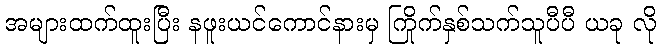
အများထက်ထူးပြီး နဖူးယင်ကောင်နားမှ ကြိုက်နှစ်သက်သူပီပီ ယခု လို